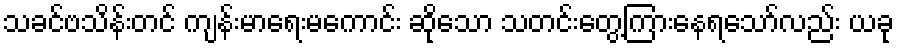
သခင်ဗသိန်းတင် ကျန်းမာရေးမကောင်း ဆိုသော သတင်းတွေ့ကြားနေရသော်လည်း ယခု